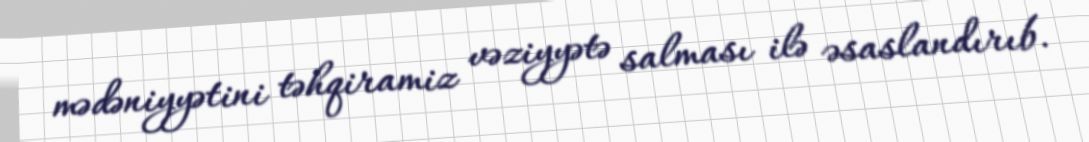
mədəniyyətini təhqiramiz vəziyyətə salması ilə əsaslandırıb.